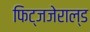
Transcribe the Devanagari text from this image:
फिट्जजेराल्ड